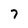
Character: 7